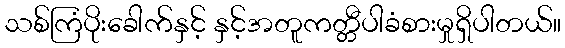
သစ်ကြံပိုးခေါက်နှင့် နှင့်အတူကတ္တီပါခံစားမှုရှိပါတယ်။